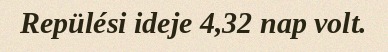
Repülési ideje 4,32 nap volt.